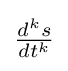
\textstyle {\frac {d^{k}s}{dt^{k}}}